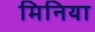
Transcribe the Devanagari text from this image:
मिनिया